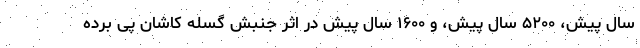
سال پیش، ۵۲۰۰ سال پیش، و ۱۶۰۰ سال پیش در اثر جنبش گسله کاشان پی برده